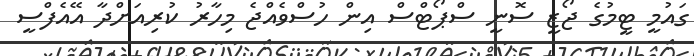
ގައުމީ ޓީމުގެ ޖޯޒީ ސޮނީ ސްޕޯޓްސް އިން ހުސްވެއްޖެ މިހާރު ކުރިއަށްދާ އޭއެފްސީ